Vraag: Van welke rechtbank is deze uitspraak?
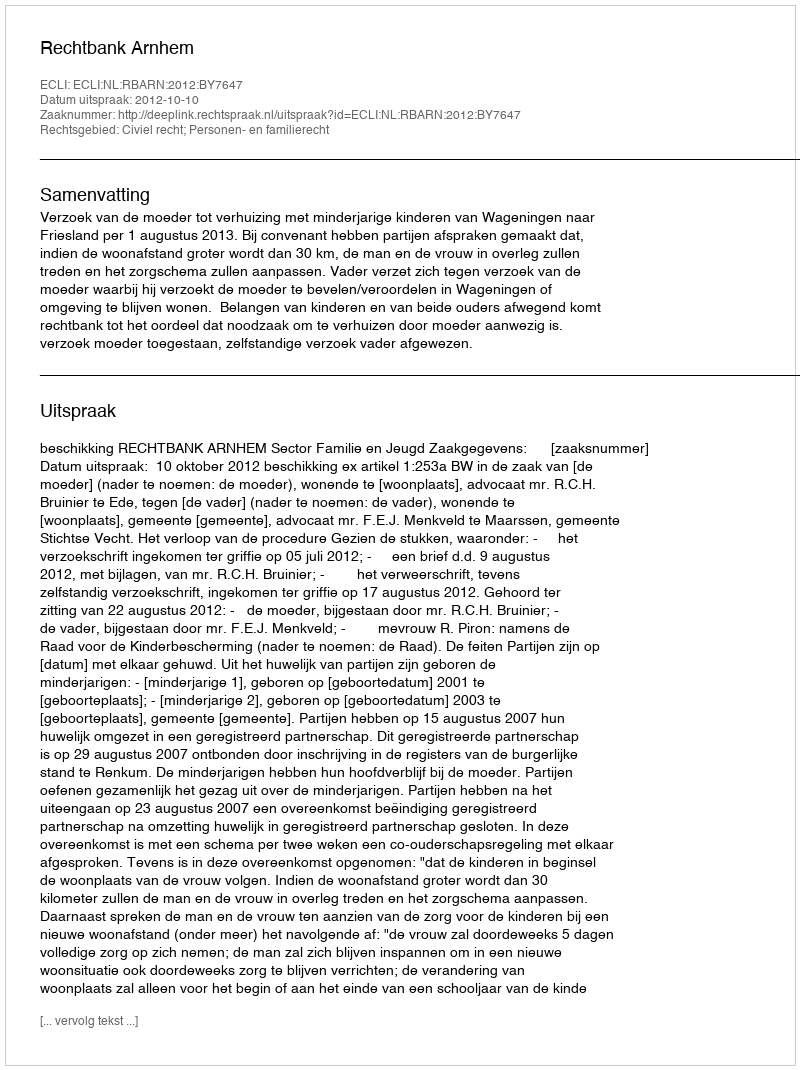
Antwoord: Rechtbank Arnhem